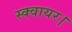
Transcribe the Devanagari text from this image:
स्क्वायर।